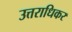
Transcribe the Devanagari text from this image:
उत्तराधिकर